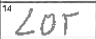
Transcription: LOT